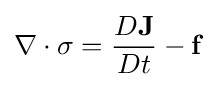
\nabla \cdot {\mathbf {\sigma } }={\frac {D{\mathbf {J} }}{Dt}}-\mathbf {f}